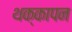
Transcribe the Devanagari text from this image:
थक्कापन